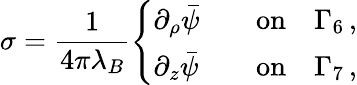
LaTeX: \sigma=\frac{1}{4\pi\lambda_{B}}\left\{ \begin{array}{ll}{\partial_{\rho}\bar{\psi}\quad}&{\textrm{on}\quad\Gamma_{6}\, ,}\\ {\partial_{z}\bar{\psi}\quad}&{\textrm{on}\quad\Gamma_{7}\, ,}\end{array}\right.